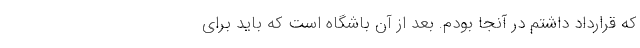
که قرارداد داشتم در آنجا بودم. بعد از آن باشگاه است که باید برای